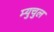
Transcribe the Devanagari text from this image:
म्युचुल